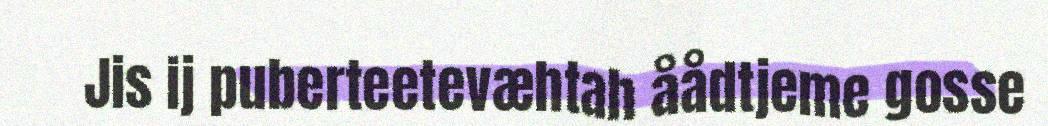
Jis ij puberteetevæhtah åådtjeme gosse